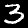
Digit: 3